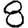
Digit: 8